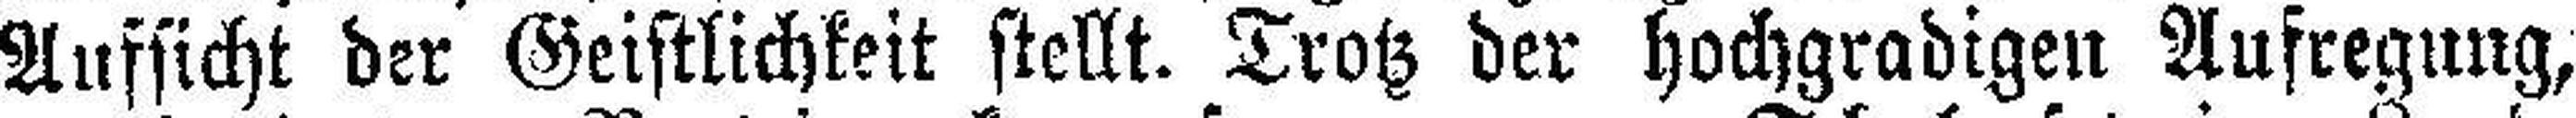
Aufsicht der Geistlichkeit stellt. Trotz der hochgradigen Aufregung,